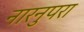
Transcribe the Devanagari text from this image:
नारनुपरा